Black-water fever - Number 35
Disease focus: Fever
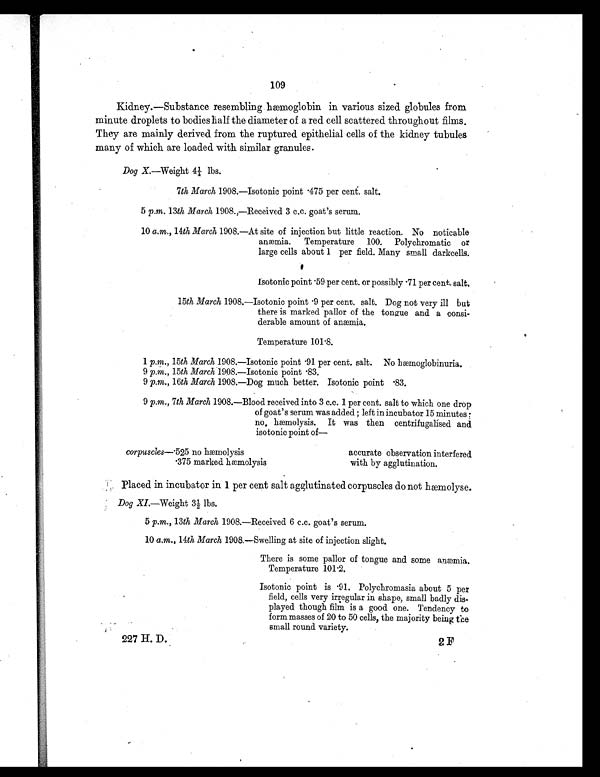
corpuscles—.525 no hæmolysis
. 3 7 5 m a r k e d h æ m o l y s i s
accurate observation interfered
with by agglutination.
109
Kidney.—Substance resembling haemoglobin in various sized globules from
minute droplets to bodies half the diameter of a red cell scattered throughout films.
They are mainly derived from the ruptured epithelial cells of the kidney tubules
many of which are loaded with similar granules.
Dog X. Weight 4¼ lbs.
7th March 1908.—Isotonic point .475 per cent. salt.
5 p.m. 13th March 1908.,—Received 3 c.c. goat's serum.
10 a.m., 14th March 1908.—At site of injection but little reaction. No noticable
anæmia. Temperature 100. Polychromatic or
large cells about 1 per field. Many small darkcells.
I s o t o n i c p o i n t . 5 9 p e r c e n t . o r p o s s i b l y . 7 1 p e r c e n t . s a l t .
15th March 1908.—Isotonic point .9 per cent. salt. Dog not very ill b u t
there is marked pallor of the tongue and a consi-
derable amount of anæmia.
Temperature 101.8.
1 p.m., 15th March 1908.—Isotonic point .91 per cent. salt. No hæmoglobinuria.
9 p.m., 15th March 1908.—Isotonic point .83.
9 p.m., 16th March 1908.—Dog much better. Isotonic point .83.
9 p.m., 7th March 1908.—Blood received into 3 c.c. 1 per cent. salt to which one drop
of goat's serum was added ; left in incubator 15 minutes
no hæmolysis. It was then centrifugalised and.
isotonic point of
—
Placed in incubator in 1 per cent salt agglutinated corpuscles do not hæmolyse.
Dog XI.—Weight 3½ lbs.
5 p.m., 13th March 1908.—Received 6 c.c. goat's serum.
10 a.m., 14th March 1908.—Swelling at site of injection slight.
There is some pallor of tongue and some anæmia.
Temperature 101.2.
Isotonic point is .91. Polychromasia about 5 per
field, cells very irregular in shape, small badly dis-
played though film is a good one. Tendency to
form masses of 20 to 50 cells, the majority being the
small round variety.
227 H. D.
2F